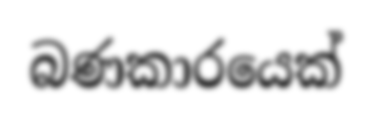
බණකාරයෙක්